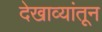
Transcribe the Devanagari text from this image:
देखाव्यांतून